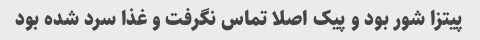
پیتزا شور بود و پیک اصلا تماس نگرفت و غذا سرد شده بود